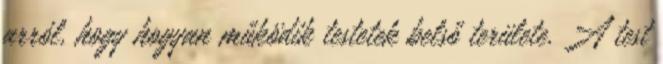
arról, hogy hogyan működik testetek belső területe. A test